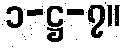
၁-ဋ္ဌ-၇။